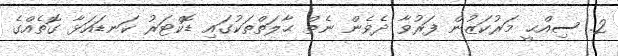
2. ސިއްޙީ މަރުކަޒުން ފަރުވާ ދެވެން ނެތް ޙާލަތްތަކުގައި ޑޮކްޓަރު ކަނޑައަޅާ ގޮތެއްގެ